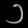
Digit: ၁